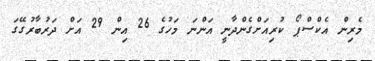
މެރިން އެކްސްޕޯ ކުރިއަށްގެންދާނީ އަންނަ މަހުގެ 26 އިން 29 އަށް ދަރުބާރުގޭގަ